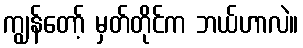
ကျွန်တော့် မှတ်တိုင်က ဘယ်ဟာလဲ။